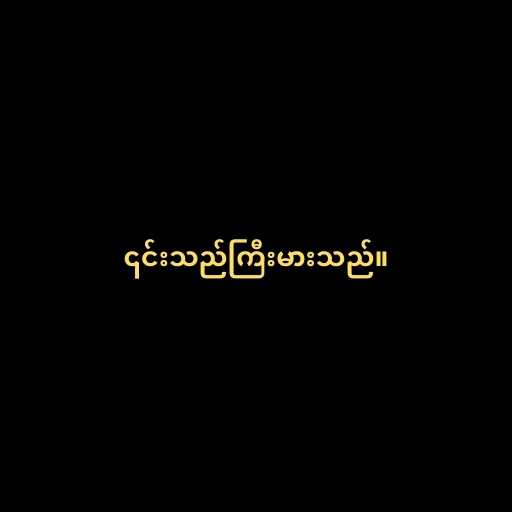
၎င်းသည်ကြီးမားသည်။